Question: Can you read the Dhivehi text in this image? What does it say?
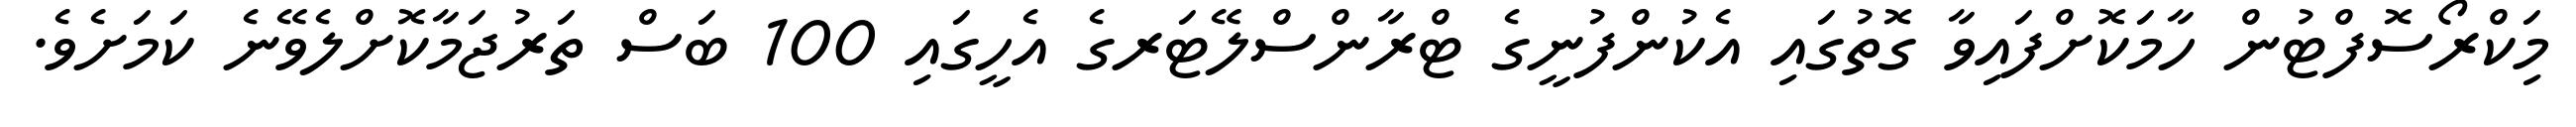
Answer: މަިކްރޯސޮފްޓުން ހާމަކޮށްފައިވާ ގޮތުގައި އެކުންފުނީގެ ޓްރާންސްލޭޓަރގެ އެހީގައި 100 ބަސް ތަރުޖަމާކޮށްލެވޭނެ ކަމަށެވެ.